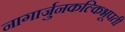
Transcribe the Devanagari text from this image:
नागार्जुनकल्किभूपती